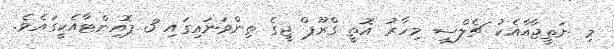
މި ނަތީޖާއާއެކު ޗެލްސީ މިހާރު އޮތީ ގްރޫޕް ޖީގެ ތިންވަނައިގައި 3 ޕޮއިންޓާއެކީގައެވެ.